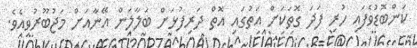
ކަންބޮޑުވެފައި ހުރި ފަދަ ގޮތަކަށް އަތުގައި އޮތް ދަރިފުޅަށް ބަލާލަން އޭނާއަށް މަޖުބޫރުވިއެވެ.